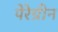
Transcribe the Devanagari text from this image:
पेरेग्रीन